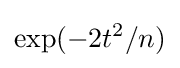
\exp(-2t^{2}/n)